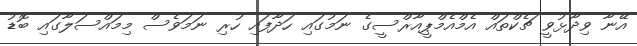
އޭނާ ވިދާޅުވީ ޗެކްތައް އެމްއެމްޕީއާރްސީގެ ނަމުގައި ހަދާފައި ހުރި ނަމަވެސް މިމައްސަލާގައި ބޮޑު